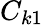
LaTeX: C_{k1}